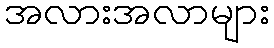
အလားအလာများ